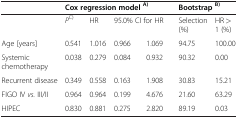
<table><thead><tr><td><b> </b></td><td colspan="4"><b>Cox regression model <sup>A)</sup></b></td><td colspan="2"><b>Bootstrap <sup>B)</sup></b></td></tr></thead><tbody><tr><td> </td><td><i>P</i><sup>C)</sup></td><td>HR</td><td colspan="2">95.0% CI for HR</td><td>Selection (%)</td><td>HR &gt;1 (%)</td></tr><tr><td>Age [years]</td><td>0.541</td><td>1.016</td><td>0.966</td><td>1.069</td><td>94.75</td><td>100.00</td></tr><tr><td>Systemic chemotherapy</td><td>0.038</td><td>0.279</td><td>0.084</td><td>0.932</td><td>90.32</td><td>0.00</td></tr><tr><td>Recurrent disease</td><td>0.349</td><td>0.558</td><td>0.163</td><td>1.908</td><td>30.83</td><td>15.21</td></tr><tr><td>FIGO IV <i>vs.</i> III/II</td><td>0.964</td><td>0.964</td><td>0.199</td><td>4.676</td><td>21.60</td><td>63.29</td></tr><tr><td>HIPEC</td><td>0.830</td><td>0.881</td><td>0.275</td><td>2.820</td><td>89.19</td><td>0.03</td></tr></tbody></table>